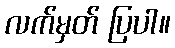
လက်မှတ် ပြပါ။